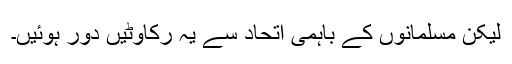
لیکن مسلمانوں کے باہمی اتحاد سے یہ رکاوٹیں دور ہوئیں۔